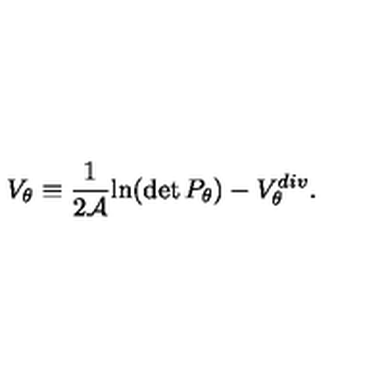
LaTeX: V _ { \theta } \equiv { \frac { 1 } { 2 { \cal A } } } { \ln } ( \det P _ { \theta } ) - V _ { \theta } ^ { d i v } .